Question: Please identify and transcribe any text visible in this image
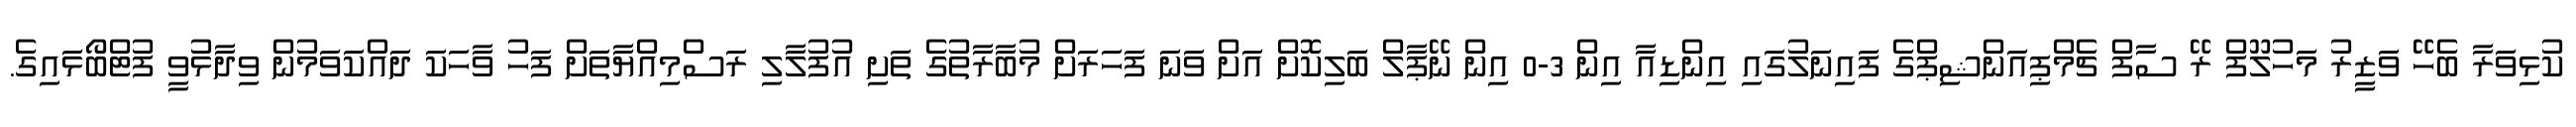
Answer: ކުޅިވަރާ ބެހޭ ވަޒީރު މަހުލޫފް ރޭ ސާފް ޗެމްޕިއަންޝިޕްގެ ފައިނަލުގައި އިންޑިއާ އިން 3-0 އިން ނޭޕާލް ބަލިކޮށް އަށް ވަނަ ފަހަރަށް މުބާރާތުގެ ތަށި އުފުލާލި ރަސްމިއްޔާތަށް ފަހު ވާހަކަ ދައްކަވަމުން ވިދާޅުވީ ފުޓްބޯޅައިގެ.